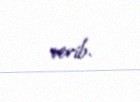
verib.